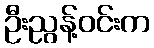
ဦးညွန့်ဝင်းက